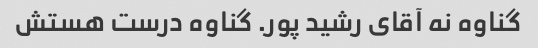
گناوه نه آقای رشید پور. گناوه درست هستش